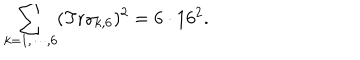
\sum _ { k = 1 , \cdots , 6 } ( \mathrm { T r } \gamma _ { k , 6 } ) ^ { 2 } = 6 \cdot 1 6 ^ { 2 } .